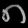
Digit: ၈